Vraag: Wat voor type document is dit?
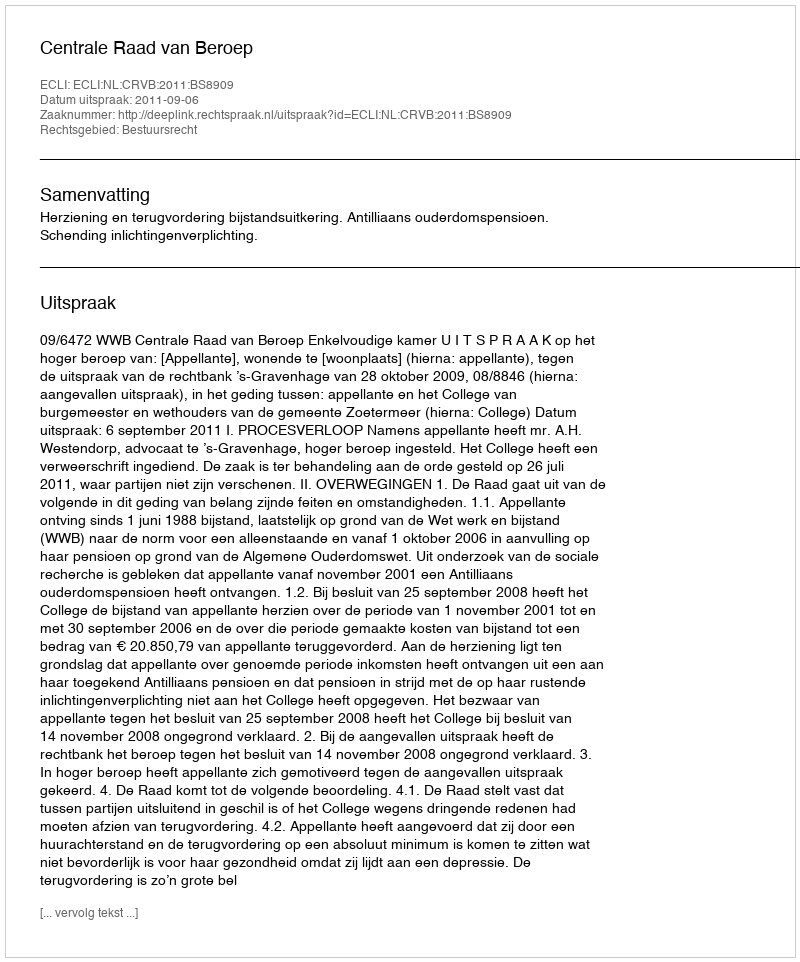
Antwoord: Uitspraak